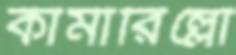
কামারিল্লো